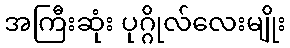
အကြီးဆုံး ပုဂ္ဂိုလ်လေးမျိုး